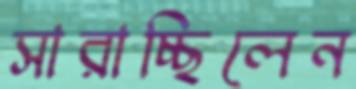
সারাচ্ছিলেন